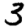
Digit: 3